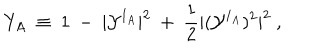
Y _ { A } ~ \equiv ~ 1 ~ - ~ | { \cal Y } ^ { I _ { A } } | ^ { 2 } ~ + ~ \frac 1 2 | ( { \cal Y } ^ { I _ { A } } ) ^ { 2 } | ^ { 2 } ~ ,